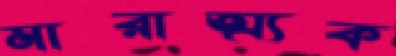
মারাত্ম্যক